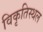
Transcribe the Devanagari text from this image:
विकृतिस्थल